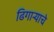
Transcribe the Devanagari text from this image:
ढिगार्‍याचे